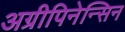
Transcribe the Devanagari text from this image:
अग्रीपिनेन्सिन